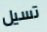
تسيل